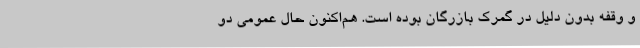
و وقفه بدون دلیل در گمرک بازرگان‌ بوده است. هم‌اکنون حال عمومی دو